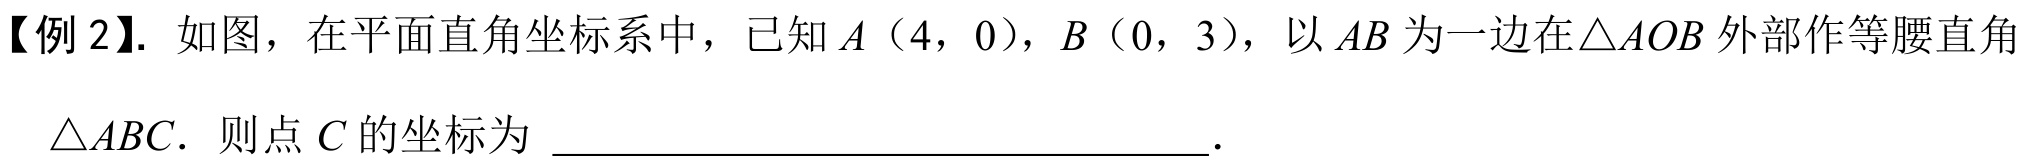
【例2】. 如图，在平面直角坐标系中，已知\(A(4,0)\)，\(B(0,3)\)，以\(AB\)为一边在\(\triangle AOB\)外部作等腰直角\(\triangle ABC\). 则点\(C\)的坐标为  .